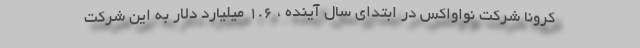
کرونا شرکت نواواکس در ابتدای سال آینده ، 1.6 میلیارد دلار به این شرکت